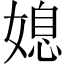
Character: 媳